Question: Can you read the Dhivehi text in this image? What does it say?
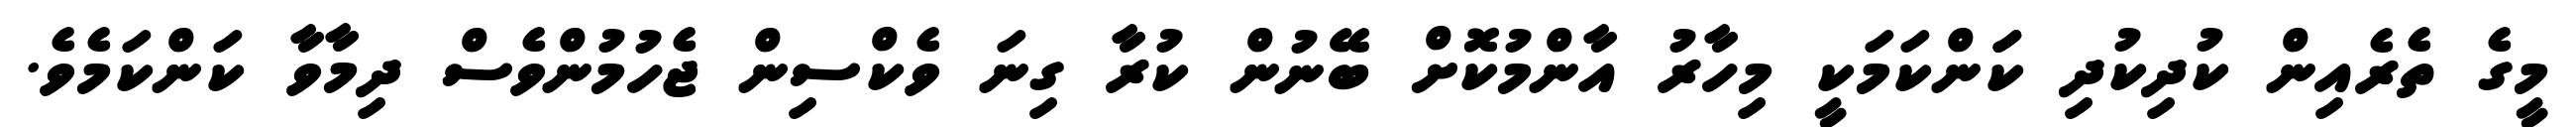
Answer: މީގެ ތެރެއިން ކުދިކުދި ކަަންކަމަކީ މިހާރު އާންމުކޮށް ބޭނުން ކުރާ ގިނަ ވެކްސިން ޖެހުމުންވެސް ދިމާވާ ކަންކަމެވެ.